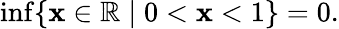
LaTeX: \operatorname*{inf}\{ \mathbf{x}\in\mathbb{{R}}\mid0<\mathbf{x}<1\} =0.